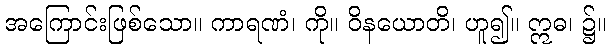
အကြောင်းဖြစ်သော။ ကာရဏံ၊ ကို။ ဝိနယောတိ၊ ဟူ၍။ ဣဓ၊ ၌။